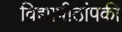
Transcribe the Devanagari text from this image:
विद्यापीठांपकी